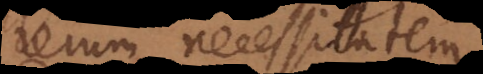
rerum necessitatem,